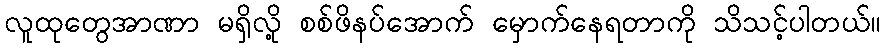
လူထုတွေအာဏာ မရှိလို့ စစ်ဖိနပ်အောက် မှောက်နေရတာကို သိသင့်ပါတယ်။